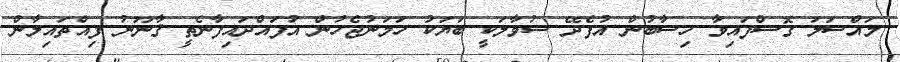
މައްސަލަ ގޮސްފައިވާ ހިސާބުން އުފެދޭ ސުވާލަކީ ބަޔަކު ހަމަނުޖެހުން އުފައްދައިފާނެތީ ޤާނޫނު ފިއްތައިލާން